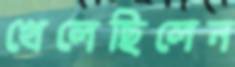
খেলেছিলেন